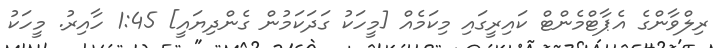
ރިލްވާންގެ އެޕާޓްމެންޓް ކައިރީގައި މިކަމެއް [މީހަކު ގަދަކަމުން ގެންދިޔައީ] 1:45 ހާއިރު. މީހަކު